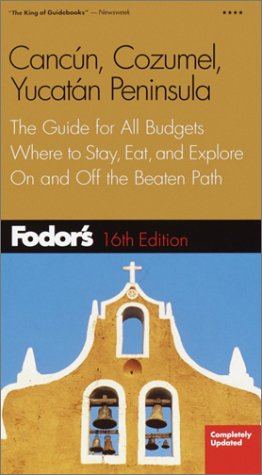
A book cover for Fodor's Cancun, Cozumel, Yucatan Peninsula 16th ed.; Fodor's; Travel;